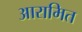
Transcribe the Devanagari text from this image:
आरामित